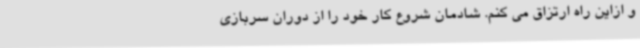
و ازاین راه ارتزاق می کنم. شادمان شروع کار خود را از دوران سربازی